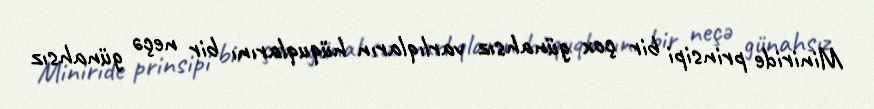
Miniride prinsipi bir çox günahsız varlıqların hüquqlarını bir neçə günahsız